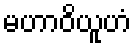
မဟာဝိယူဟံ